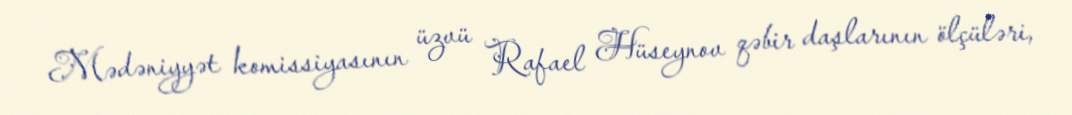
Mədəniyyət komissiyasının üzvü Rafael Hüseynov qəbir daşlarının ölçüləri,